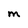
Character: M